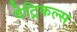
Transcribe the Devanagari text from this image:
वेट्रिकल्स